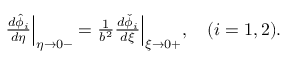
\begin{array} { r } { \frac { d \hat { \phi } _ { i } } { d \eta } \Big | _ { \eta \to 0 - } = \frac { 1 } { b ^ { 2 } } \frac { d \check { \phi } _ { i } } { d \xi } \Big | _ { \xi \to 0 + } , \quad ( i = 1 , 2 ) . } \end{array}